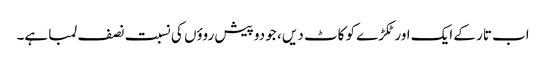
اب تار کے ایک اور ٹکڑے کو کاٹ دیں ، جو دو پیش روؤں کی نسبت نصف لمبا ہے۔